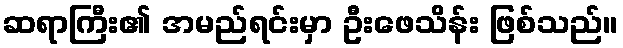
ဆရာကြီး၏ အမည်ရင်းမှာ ဦးဖေသိန်း ဖြစ်သည်။